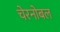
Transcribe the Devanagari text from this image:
चेरनोबल